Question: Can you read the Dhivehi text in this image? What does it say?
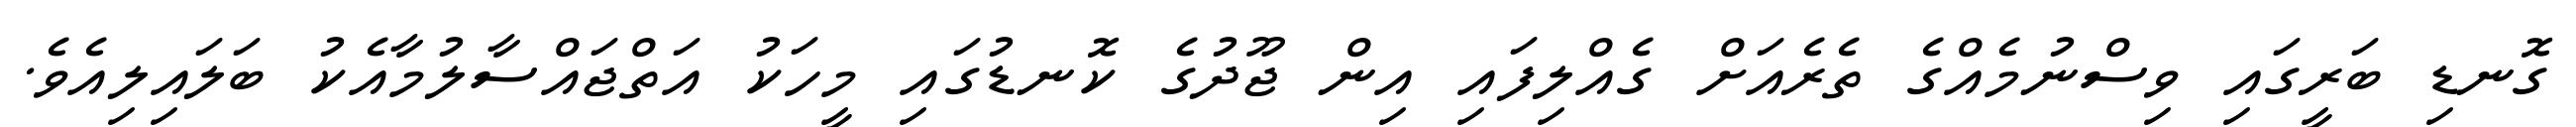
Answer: ގޮނޑި ބަރީގައި ވިސްނުމެއްގެ ތެރެއަށް ގެއްލިފައި އިން ޖޫދުގެ ކޮނޑުގައި މީހަކު އަތްޖައްސާލުމާއެކު ބަލައިލިއެވެ.